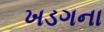
ખડગના